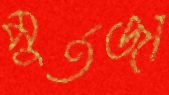
মুর্তজা